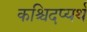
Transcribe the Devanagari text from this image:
कश्चिदप्यर्थ